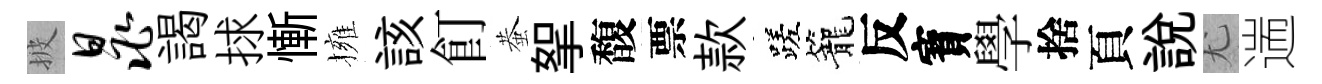
披晁謁捄慚擁該飣蛬挐馥票款蹉籠反寳學捨頁說尤遄